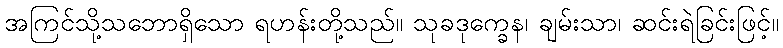
အကြင်သို့သဘောရှိသော ရဟန်းတို့သည်။ သုခဒုက္ခေန၊ ချမ်းသာ၊ ဆင်းရဲခြင်းဖြင့်။